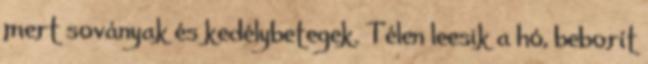
mert soványak és kedélybetegek. Télen leesik a hó, beborít